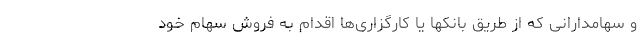
و سهامدارانی که از طریق بانکها یا کارگزاری‌ها اقدام به فروش سهام خود